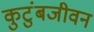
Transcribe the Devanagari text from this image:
कुटुंबजीवन